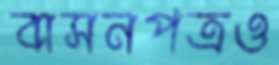
বাসনপত্রও